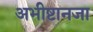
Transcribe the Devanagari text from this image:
अभीष्टानजा